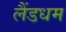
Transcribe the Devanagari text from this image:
लैंडधम